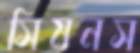
সিমনস